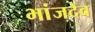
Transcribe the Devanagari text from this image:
भांजदेव